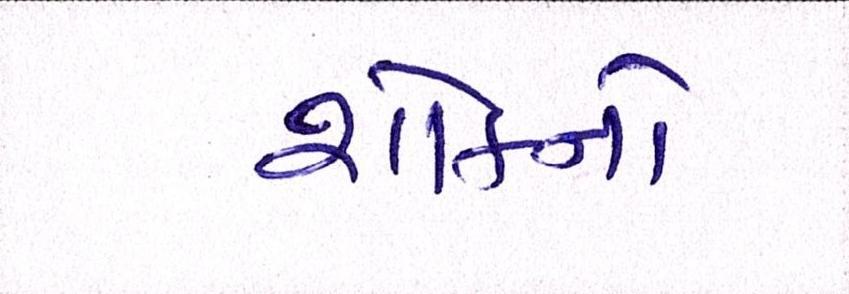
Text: શોકનો